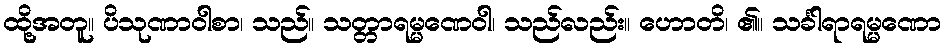
ထို့အတူ။ ပိသုဏာဝါစာ၊ သည်။ သတ္တာရမ္မဏေဝါ၊ သည်လည်း။ ဟောတိ၊ ၏။ သင်္ခါရာရမ္မဏော